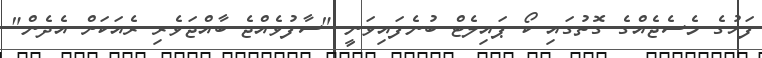
ފަހުގެ މެސެޖެއްގެ ގޮތުގައި ކޯ ޕައިލެޓް ބުނެފައިވަނީ "ސާފުވެއްޖެ ބާއްޖަވެރި ރެއަކަށް އެދެން"